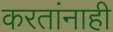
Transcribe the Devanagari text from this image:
करतांनाही